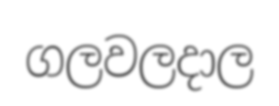
ගලවලදාල